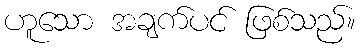
ဟူသော အချက်ပင် ဖြစ်သည်။